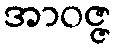
အာဝဇ္ဇ